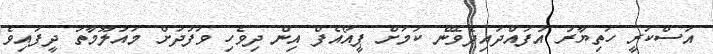
އަސްކަރީ ހަތިޔާރު އުފައްދައިދެވޭނެ ކަމަށް ޕީއޯއެފް އިން ދިވެހި ވަފުދަށް މައުލޫމާތު ދީފައިވެ